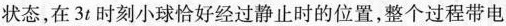
状态，在3t时刻小球恰好经过静止时的位置，整个过程带电